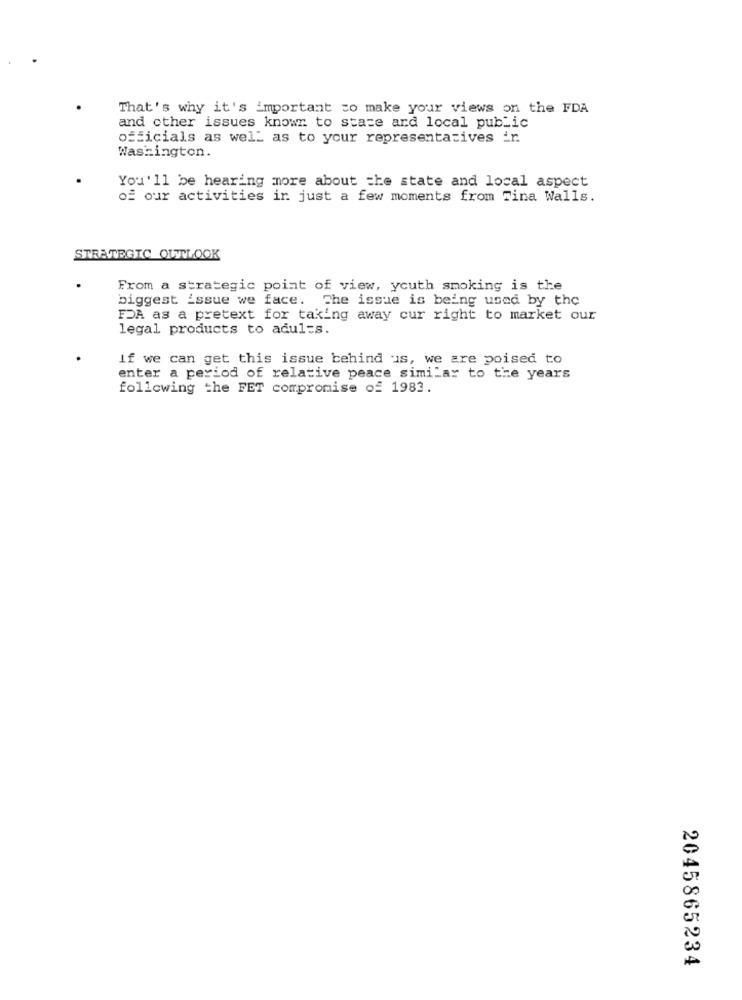
That's why it's important to make your views on the FDA
and other issues known to state and local public
officials as well as to your representatives ir.
Washington.
You'll be hearing more about the state and local aspect
of our activities in just a few moments from Tina Walls.
STRATEGIC OUTLOOK
From a strategic point of view, youth smoking is the
biggest issue we face. The issue is being used by the
FDA as a pretext for taking away cur right to market our
legal products to adults.
If we can get this issue behind us, we are poised to
enter a period of relative peace similar to the years
following the FET compromise of 1983.
00
N
2045865234